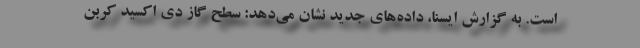
است. به گزارش ایسنا، داده‌های جدید نشان می‌دهد: سطح گاز دی اکسید کربن